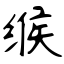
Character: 缑